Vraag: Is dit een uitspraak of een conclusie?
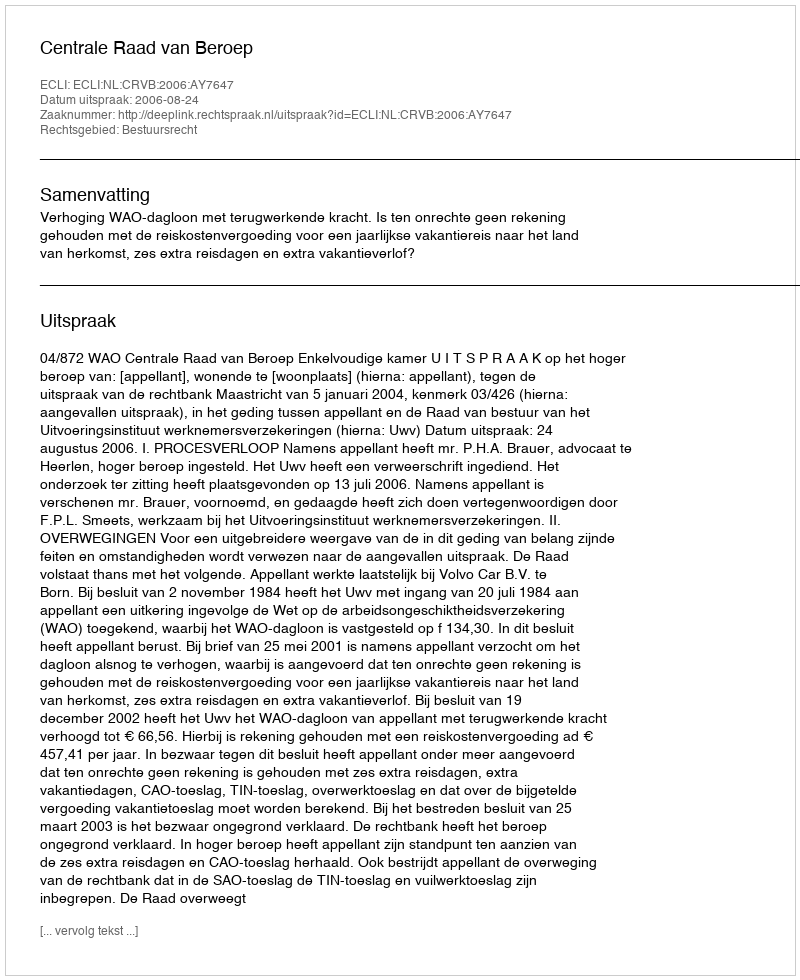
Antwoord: Uitspraak